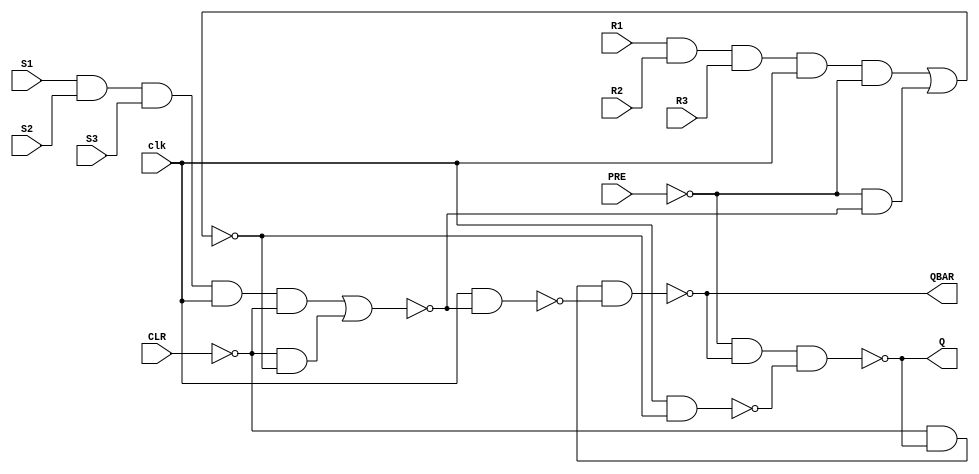
module RS_MS_1(input R1 , input R2 , input R3 , input S1 , input S2 , input S3 , input PRE , input CLR , input clk , output Q , output QBAR);
wire A_w , B_w , C_w , D_w , E_w , F_w , Q_w , QBAR_w , PRE_w , CLR_w; 
not uut1(PRE_w , PRE);
not uut2(CLR_w , CLR);
buf uut3(Q_w , Q);
buf uut4(QBAR_w , QBAR);
and uut5(A_w , R1 , R2 , R3 , clk , PRE_w);
and uut6(C_w , S1 , S2 , S3 , clk , CLR_w);
and uut7(B_w , PRE_w , F_w);
and uut8(D_w , CLR_w , E_w);
nor uut9(E_w , A_w , B_w);
nor uut10(F_w , C_w , D_w);
nand uut11(G_w , clk , F_w);// First is a output port , second one is data port , third one is control port
nand uut12(H_w , clk , E_w);// First is a output port , second one is data port , third one is control port
nand uut13(Q , PRE_w , QBAR_w , H_w);
nand uut14(QBAR , CLR_w , Q_w , G_w); 
endmodule